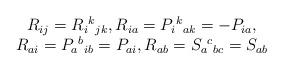
LaTeX: \begin{align*}\begin{array}{c}R_{ij}=R_i{}^k{}_{jk},R_{ia}=P_i{}^k{}_{ak}=-P_{ia}, \\ R_{ai}=P_a{}^b{}_{ib}=P_{ai},R_{ab}=S_a{}^c{}_{bc}=S_{ab} \end{array}\end{align*}